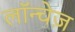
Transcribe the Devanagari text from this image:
लॉन्चेज़